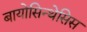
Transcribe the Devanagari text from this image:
बायोसिन्थेसिस